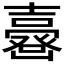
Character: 𡕉